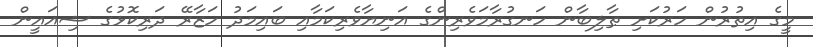
މީގެ އިތުރުން ހަރުކަށި ޠާލިބާން ހަނގުރާމަވެރިންގެ އަނިޔާވެރިކަމާއި ބައިމަދު ހަޒާރޭ ދަރިކޮޅުގެ ޝިއައީން